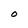
Character: O